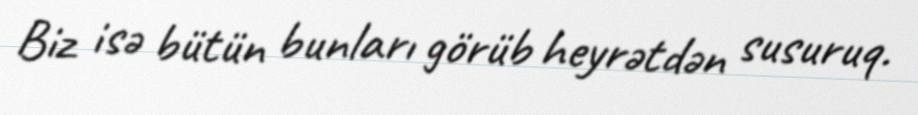
Biz isə bütün bunları görüb heyrətdən susuruq.